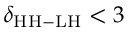
\delta _ { \mathrm { { H H - L H } } } < 3